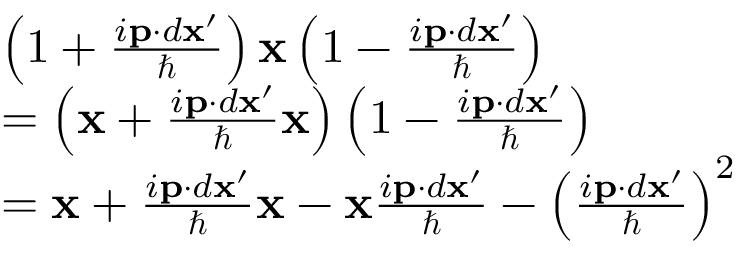
\begin{array} { r l } & { \left( 1 + \frac { i \mathbf p \cdot d \mathbf { x } ^ { \prime } } { \hbar } \right) \mathbf x \left( 1 - \frac { i \mathbf p \cdot d \mathbf { x } ^ { \prime } } { \hbar } \right) } \\ & { = \left( \mathbf x + \frac { i \mathbf p \cdot d \mathbf { x } ^ { \prime } } { \hbar } \mathbf x \right) \left( 1 - \frac { i \mathbf p \cdot d \mathbf { x } ^ { \prime } } { \hbar } \right) } \\ & { = \mathbf x + \frac { i \mathbf p \cdot d \mathbf { x } ^ { \prime } } { \hbar } \mathbf x - \mathbf x \frac { i \mathbf p \cdot d \mathbf { x } ^ { \prime } } { \hbar } - \left( \frac { i \mathbf p \cdot d \mathbf { x } ^ { \prime } } { \hbar } \right) ^ { 2 } } \end{array}